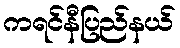
ကရင်နီပြည်နယ်